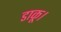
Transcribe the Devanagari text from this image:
डाकू।